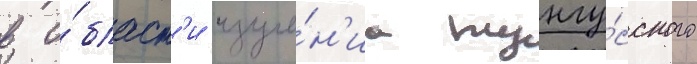
в о́бласт'и изуче́н'иа тунгу́сского